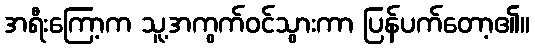
အရီးကြော့က သူ့အကွက်ဝင်သွားကာ ပြန်ပက်တော့၏။